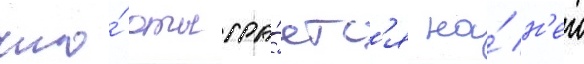
что́ отыгра́етс'я на́ н'еи